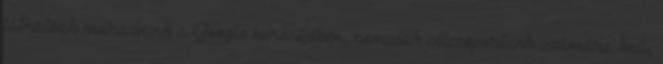
láthatóak maradjunk a Google keresőjében, nemcsak célcsoportunk számára kell,